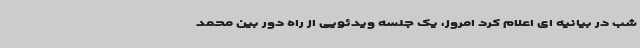
شب در بیانیه ای اعلام کرد امروز، یک جلسه ویدئویی از راه دور بین محمد